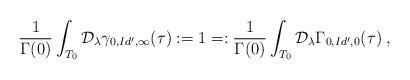
LaTeX: \begin{align*}\frac{1}{\Gamma(0)}\int_{T_0}\mathcal{D}_\lambda\gamma_{0, Id',\infty}(\tau):=1=:\frac{1}{\Gamma(0)}\int_{T_0}\mathcal{D}_\lambda\Gamma_{0, Id',0}(\tau)\;,\end{align*}